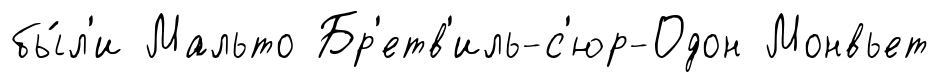
бы́л'и Мальто Бр'етв'иль-с'юр-Одон Монвьет